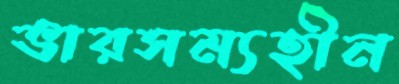
ভারসম্যহীন